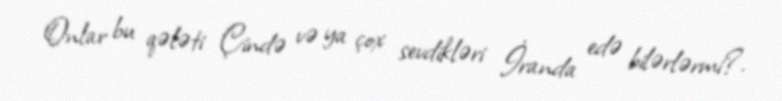
Onlar bu qələti Çində və ya çox sevdikləri İranda edə bilərlərmi?.